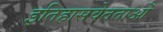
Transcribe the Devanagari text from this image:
इतिहासवेतताओं